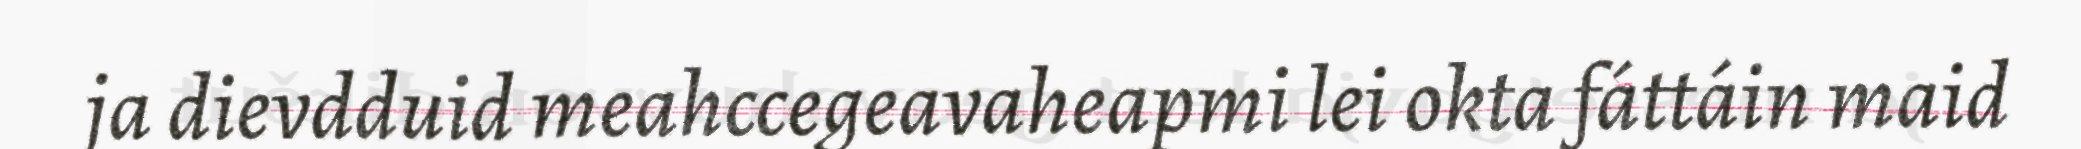
ja dievdduid meahccegeavaheapmi lei okta fáttáin maid